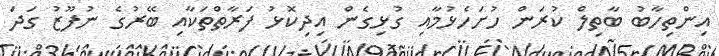
އިންތިހާބު ބާތިލް ކުރަން ހުށަހެޅުމާއި ގުޅިގެން އިދިކޮޅު ފަރާތްތަކާއި ބޭރުގެ ނުފޫޒު ގަދަ